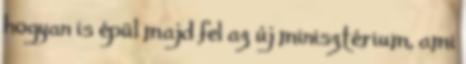
hogyan is épül majd fel az új minisztérium, ami